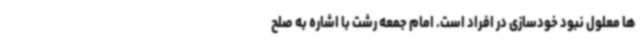
ها معلول نبود خودسازی در افراد است. امام جمعه رشت با اشاره به صلح